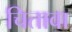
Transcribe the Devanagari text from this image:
चितावा